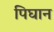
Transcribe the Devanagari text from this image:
पिघान